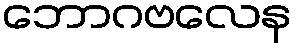
ဘောဂဗလေန